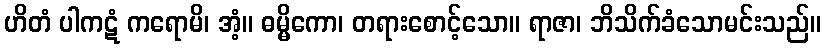
ဟိတံ ပါကဋံ ကရောမိ၊ အံ့။ ဓမ္မိကော၊ တရားစောင့်သော။ ရာဇာ၊ ဘိသိက်ခံသောမင်းသည်။